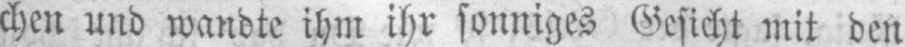
chen und wandte ihm ihr sonniges Gesicht mit den